Senior Leaving Certificate Examination (including Day School Certificate (Higher) General paper), 1948
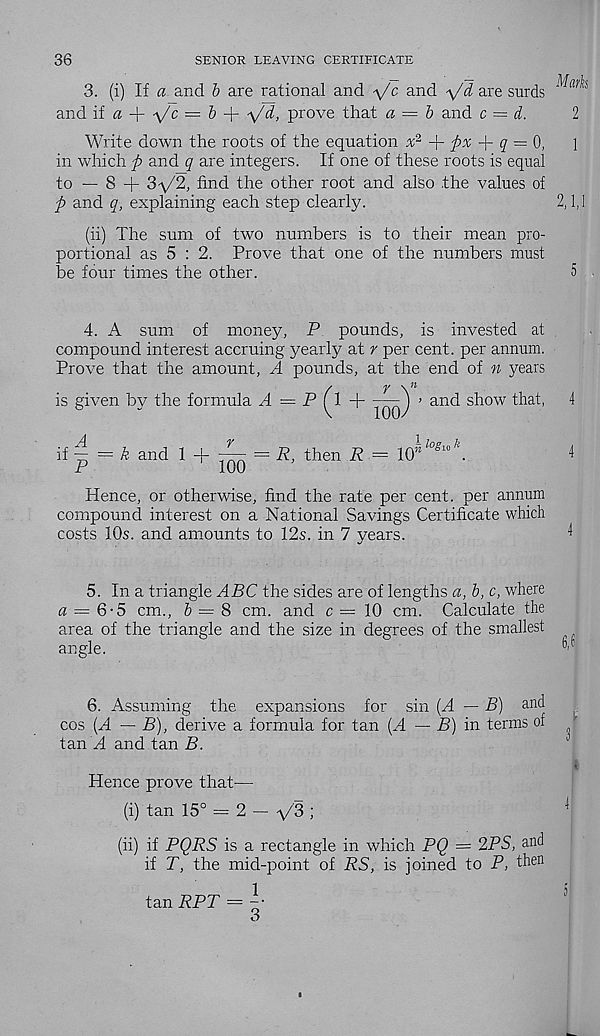
36
SENIOR LEAVING CERTIFICATE
3. (i) If a and b are rational and -\/c and y'd are surds
and if a +
= 6 + -\/d, prove that a = b and c = d.
2
Write down the roots of the equation x 2 -\- fix
q = §,
]
in which ft and q are integers. If one of these roots is equal
to — 8 + 3-\/2, find the other root and also .the values of
ft and q, explaining each step clearly.
2,1,1
(ii) The sum of two numbers is to their mean pro-
portional as 5 : 2. Prove that one of the numbers must
be four times the other.
5
4. A sum of money, P pounds, is invested at
compound interest accruing yearly at r per cent, per annum.
Prove that the amount, A pounds, at the end of n years
is given by the formula A = P [l
——) > and show that,
4
V
100/
if ^ = A and 1 +
= R, then R = 10” /O°lo/ \
4
-T
100
Hence, or otherwise, find the rate per cent, per annum
compound interest on a National Savings Certificate which
costs 10s. and amounts to 12s. in 7 years.
4
5. In a triangle ABC the sides are of lengths a, b, c, where
a = 6-5 cm., 6 = 8 cm. and c = 10 cm. Calculate the
area of the triangle and the size in degrees of the smallest
angle.
6. Assuming the expansions for sin (A — B) and
cos [A — B), derive a formula for tan (A — B) in terms of
tan At and tan B.
r
i 1
Hence prove that—
(i) tan 15° = 2 — y'3 ;
(ii) if PQRS is a rectangle in which PQ = 2PS, and
if T, the mid-point of RS, is joined to P, then
1
5